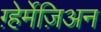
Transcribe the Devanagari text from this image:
ग़्हेर्मेज़िअन